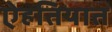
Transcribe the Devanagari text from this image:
ऐहतियात